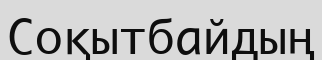
Соқытбайдың